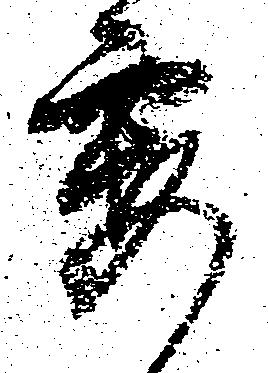
要